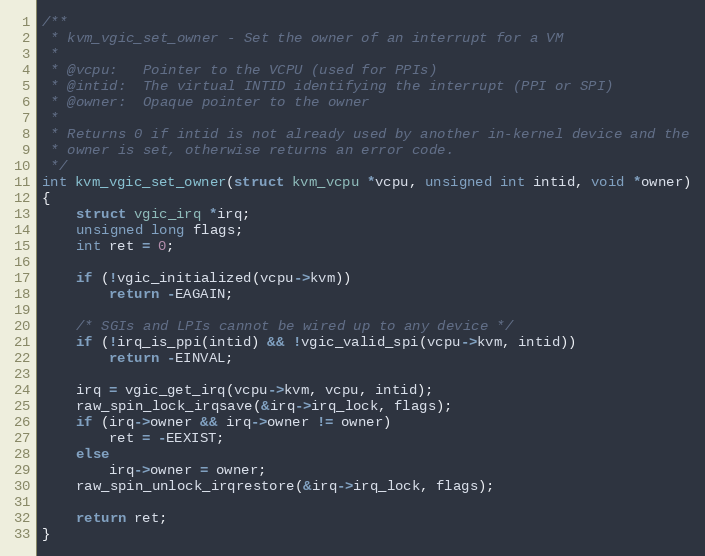
Language: C
/**
 * kvm_vgic_set_owner - Set the owner of an interrupt for a VM
 *
 * @vcpu:   Pointer to the VCPU (used for PPIs)
 * @intid:  The virtual INTID identifying the interrupt (PPI or SPI)
 * @owner:  Opaque pointer to the owner
 *
 * Returns 0 if intid is not already used by another in-kernel device and the
 * owner is set, otherwise returns an error code.
 */
int kvm_vgic_set_owner(struct kvm_vcpu *vcpu, unsigned int intid, void *owner)
{
	struct vgic_irq *irq;
	unsigned long flags;
	int ret = 0;

	if (!vgic_initialized(vcpu->kvm))
		return -EAGAIN;

	/* SGIs and LPIs cannot be wired up to any device */
	if (!irq_is_ppi(intid) && !vgic_valid_spi(vcpu->kvm, intid))
		return -EINVAL;

	irq = vgic_get_irq(vcpu->kvm, vcpu, intid);
	raw_spin_lock_irqsave(&irq->irq_lock, flags);
	if (irq->owner && irq->owner != owner)
		ret = -EEXIST;
	else
		irq->owner = owner;
	raw_spin_unlock_irqrestore(&irq->irq_lock, flags);

	return ret;
}